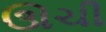
ઊચી